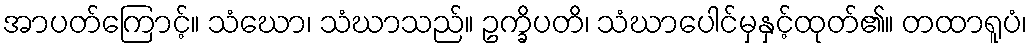
အာပတ်ကြောင့်။ သံဃော၊ သံဃာသည်။ ဥက္ခိပတိ၊ သံဃာပေါင်မှနှင့်ထုတ်၏။ တထာရူပံ၊